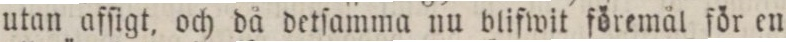
utan afſigt, och då detſamma nu blifwit föremål för en